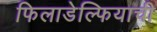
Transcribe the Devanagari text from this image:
फिलाडेल्फियाची